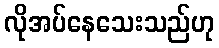
လိုအပ်နေသေးသည်ဟု